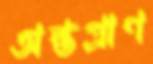
অন্তপ্রাণ